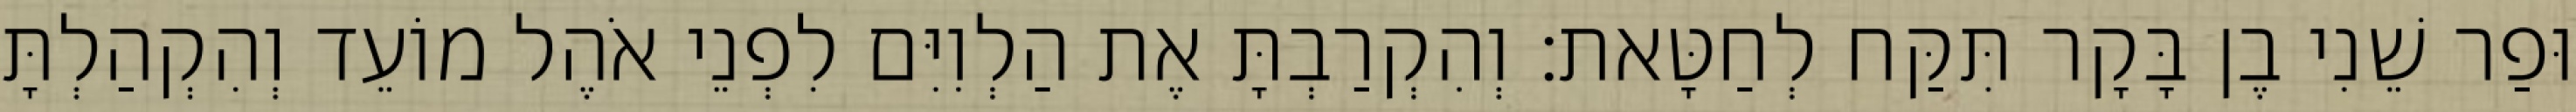
וּפַר שֵׁנִי בֶן בָּקָר תִּקַּח לְחַטָּאת׃ וְהִקְרַבְתָּ אֶת הַלְוִיִּם לִפְנֵי אֹהֶל מוֹעֵד וְהִקְהַלְתָּ